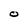
Character: O